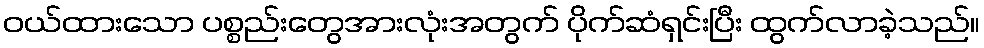
ဝယ်ထားသော ပစ္စည်းတွေအားလုံးအတွက် ပိုက်ဆံရှင်းပြီး ထွက်လာခဲ့သည်။